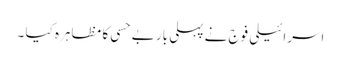
اسرائیلی فوج نے پہلی بار بے حسی کا مظاہرہ کیا ۔